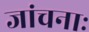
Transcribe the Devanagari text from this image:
जांचनाः